system: You are a helpful assistant.
user:
Analyze the provided spectrum to determine if it is a **White Dwarf (WD)**.

A White Dwarf spectrum is defined by its **extreme purity** (due to gravitational settling) and/or **extreme pressure broadening** (due to high surface gravity). You must check for one of the following mutually exclusive signatures:

- **Key Visual Indicators (Check for ONE of these types):**

    - **1. DA-Type Signature (Most Common):**
        - **(Primary Feature):** Extreme pressure broadening (Stark broadening) of the **Hydrogen (H) Balmer lines**.
        - **(Key Lines):** $H\beta$ (approx. $4861$ Å) and $H\gamma$ (approx. $4340$ Å). $H\alpha$ (approx. $6563$ Å) will also be present if the wavelength range covers it.
        - **(Line Profile):** This is the **defining feature**. The lines are **NOT** sharp. They appear as massive, **extremely broad and deep "troughs" or "dips"** in the spectrum, often hundreds of Ångströms wide. The continuum will appear to "scoop" down at these wavelengths.
        - **(Distinction):** Normal A-type or B-type stars have *narrow* and *sharp* Hydrogen lines. A DA White Dwarf's lines are unmistakably "smeared" or "blurry" from pressure.

    - **2. DB-Type Signature:**
        - **(Primary Feature):** Broad absorption lines from **Neutral Helium (He I)**. The spectrum must lack any visible Hydrogen lines.
        - **(Key Lines):** Look for broad absorption near $4471$ Å, $4921$ Å, and $5876$ Å.
        - **(Line Profile):** These lines are also significantly pressure-broadened, appearing much wider than they would in a normal B-type main-sequence star.

    - **3. DC-Type Signature:**
        - **(Primary Feature):** A **featureless continuous spectrum**.
        - **(Line Profile):** The spectrum is a smooth curve with **no significant absorption or emission lines**.
        - **(Key Confirmation):** The continuum is almost always **blue or white**, indicating a hot object. This signature implies the atmosphere is so pure (or so cool) that no spectral lines are visible in the optical range. Its WD identity is confirmed by its extremely low intrinsic brightness (high absolute magnitude).

    - **4. DZ-Type Signature (Metal-Polluted):**
        - **(Primary Feature):** **Isolated, narrow metal absorption lines** on an otherwise featureless (DC-like) continuum.
        - **(Key Lines):** The **Calcium (Ca II) H & K doublet** (approx. **$3934$ Å** and **$3968$ Å**) is the most common and defining feature.
        - **(Line Profile):** These lines are "out of place." They are *not* part of a "forest" of thousands of lines. This signature is evidence of recent *accretion* (pollution) from rocky debris.
        - **(Distinction):** Normal G/K/M stars have a *dense forest* of thousands of metal lines. A DZ has a *clean* continuum with *only a few* strong metal lines.

    - **5. DQ-Type Signature (Carbon-Polluted):**
        - **(Primary Feature):** Absorption bands from **Carbon (C₂ "Swan Bands" or atomic C I)**.
        - **(Key Lines - C₂):** Look for bandheads with a "saw-tooth" shape near $5635$ Å, **$5165$ Å** (strongest), and $4737$ Å.
        - **(Key Confirmation):** The underlying **continuum must be blue or white** (hot).
        - **(Distinction):** This is the critical difference from a **Carbon Star**, which has the *exact same* C₂ bands but on an extremely **red, cool** continuum.

- **(Overall Spectrum):**
    - The continuum (overall shape) is typically **blue-sloping** (brighter in the blue than the red), as most white dwarfs are very hot.
    - The spectrum will look "pure" or "simple," dominated by only *one* of the five signatures listed above.

Think first, call **spectral_visualization_tool** if needed to examine features in detail, then provide your final answer. Your response must adhere to the following strict rules:
1.  **Overall Structure:** Your response must follow the format `<think>...</think> <tool_call>...</tool_call> (if a tool is used) <answer>...</answer>`.
2.  **Tool Usage Constraint:** You may only make **one** tool call per turn.
3.  **Final Answer Format:** In the `<answer>` tag, your conclusion must be inside a `\boxed{}` command (e.g., `\boxed{YES}` or `\boxed{NO}`), followed by your justification.

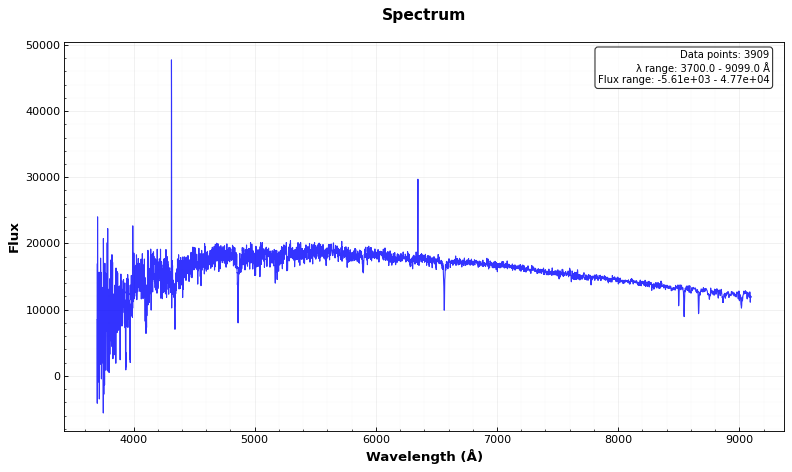
Answer: NO